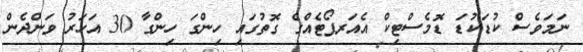
ނަމަވެސް ކުޑަކުޑަ ޑޮމެސްޓިކް އެއަރޕޯޓެއްގެ ގޮތުގައި ހިންގަ ހިންގާ 30 އަހަރު ވަންދެން